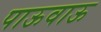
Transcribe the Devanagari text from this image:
पाऊवाऊ